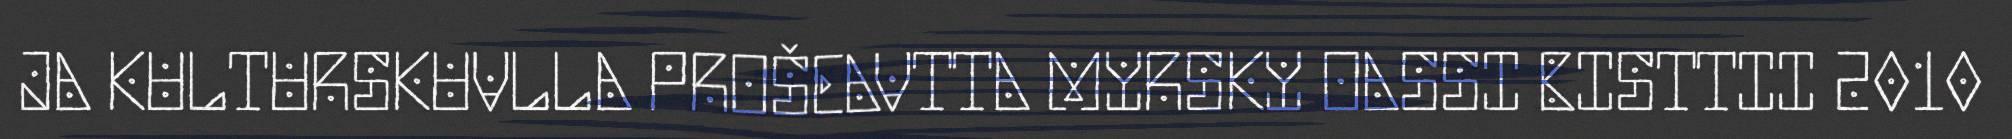
JA KULTURSKUVLLA PROŠEAVTTA MYRSKY OASSI BISTTII 2010